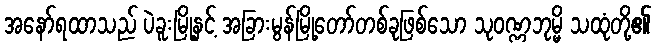
အနော်ရထာသည် ပဲခူးမြို့နှင့် အခြားမွန်မြို့တော်တစ်ခုဖြစ်သော သုဝဏ္ဏဘုမ္မိ သထုံတို့၏